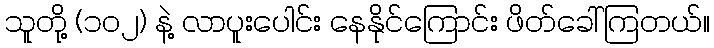
သူတို့ (၁၀၂) နဲ့ လာပူးပေါင်း နေနိုင်ကြောင်း ဖိတ်ခေါ်ကြတယ်။